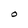
Character: O